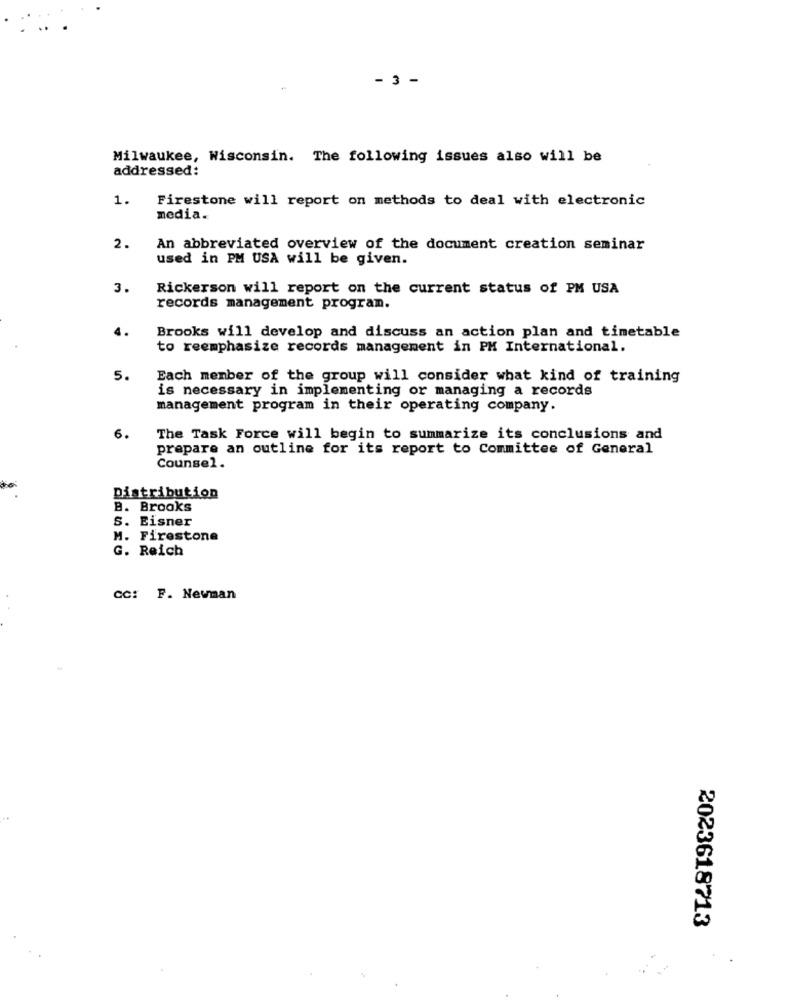
- 3 -
Milwaukee, Wisconsin. The following issues also will be
addressed:
1.
Firestone will report on methods to deal with electronic
media.
2.
An abbreviated overview of the document creation seminar
used in PM USA will be given.
3.
Rickerson will report on the current status of PM USA
records management program.
4.
Brooks will develop and discuss an action plan and timetable
to reemphasize records management in PM International.
5.
Each member of the group will consider what kind of training
is necessary in implementing or managing a records
management program in their operating company.
6.
The Task Force will begin to summarize its conclusions and
prepare an outline for its report to Committee of General
Counsel.
Distribution
B. Brooks
S. Eisner
M. Firestone
G. Reich
CC: F. Newman
2023618713